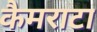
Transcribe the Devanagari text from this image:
कैमराटा